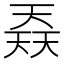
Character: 𡙎